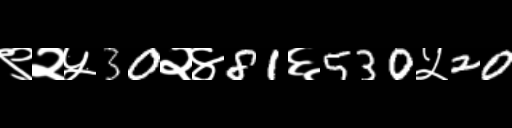
Text: ९२५30२४81६530५20